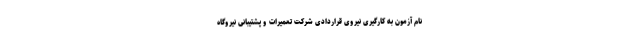
نام آزمون به کارگیری نیروی قراردادی شرکت تعمیرات و پشتیبانی نیروگاه